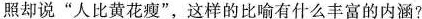
照却说”人比黄花瘦”，这样的比喻有什么丰富的内涵?